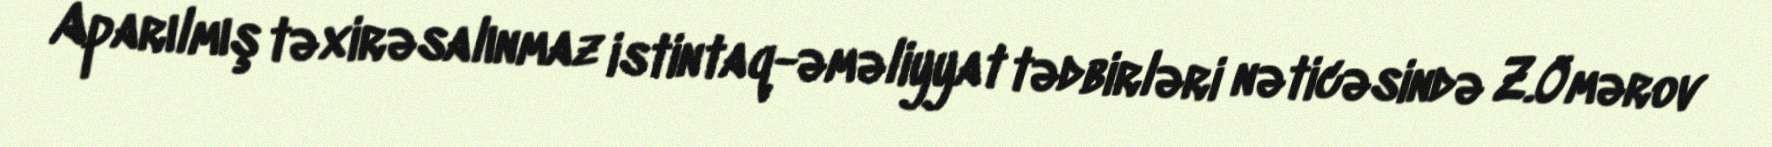
Aparılmış təxirəsalınmaz istintaq-əməliyyat tədbirləri nəticəsində Z.Ömərov